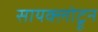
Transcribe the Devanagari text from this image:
सायक्लोट्रून